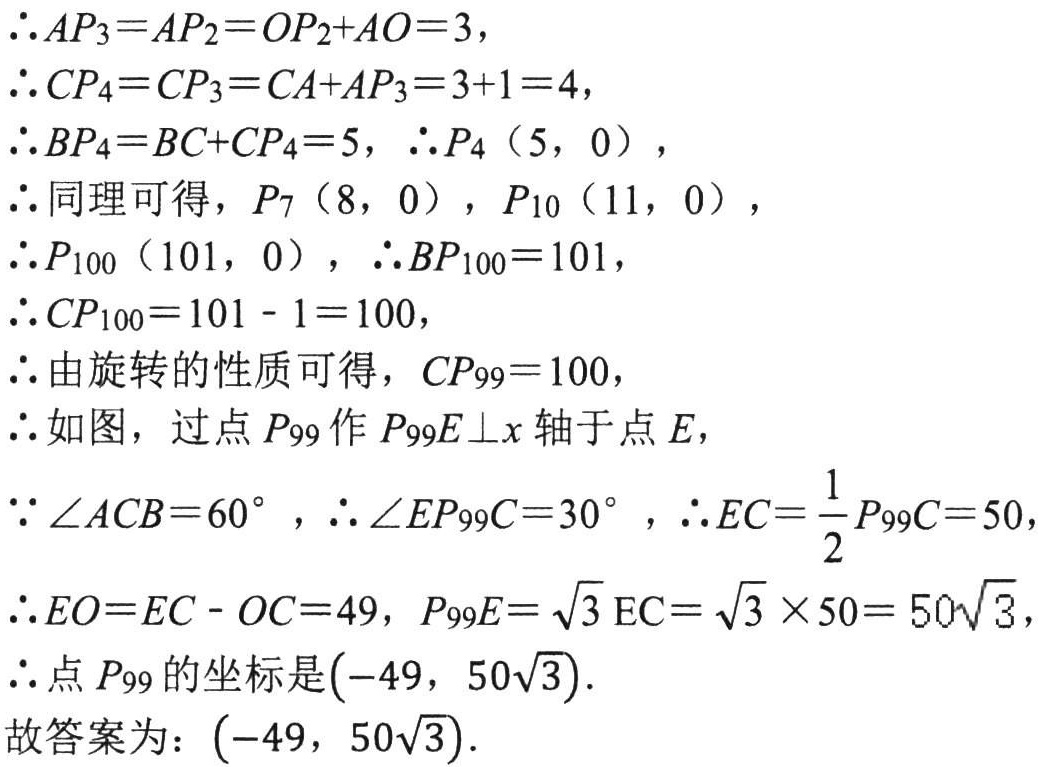
\(\therefore AP_{3}=AP_{2}=OP_{2}+AO = 3\)，

\(\therefore CP_{4}=CP_{3}=CA + AP_{3}=3 + 1 = 4\)，

\(\therefore BP_{4}=BC + CP_{4}=5\)，\(\therefore P_{4}(5,0)\)，

\(\therefore\)同理可得，\(P_{7}(8,0)\)，\(P_{10}(11,0)\)，

\(\therefore P_{100}(101,0)\)，\(\therefore BP_{100}=101\)，

\(\therefore CP_{100}=101 - 1 = 100\)，

\(\therefore\)由旋转的性质可得，\(CP_{99}=100\)，

\(\therefore\)如图，过点\(P_{99}\)作\(P_{99}E\perp x\)轴于点\(E\)，

\(\because\angle ACB = 60^{\circ}\)，\(\therefore\angle EP_{99}C = 30^{\circ}\)，\(\therefore EC=\frac{1}{2}P_{99}C = 50\)，

\(\therefore EO=EC - OC = 49\)，\(P_{99}E=\sqrt{3}EC=\sqrt{3}\times50 = 50\sqrt{3}\)，

\(\therefore\)点\(P_{99}\)的坐标是\((-49,50\sqrt{3})\).

故答案为：\((-49,50\sqrt{3})\).